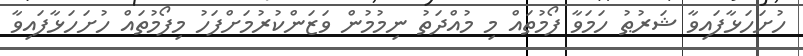
ހުށަހަޅާފައިވާ ޝަރުޠު ހަމަވާ ފޯމުތައް މި މުއްދަތު ނިމުމުން ވަޒަންކުރުމަށްފަހު މިފޯމުތައް ހުށަހަޅާފައިވާ